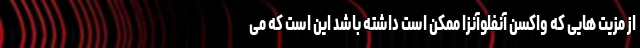
از مزیت هایی که واکسن آنفلوآنزا ممکن است داشته باشد این است که می